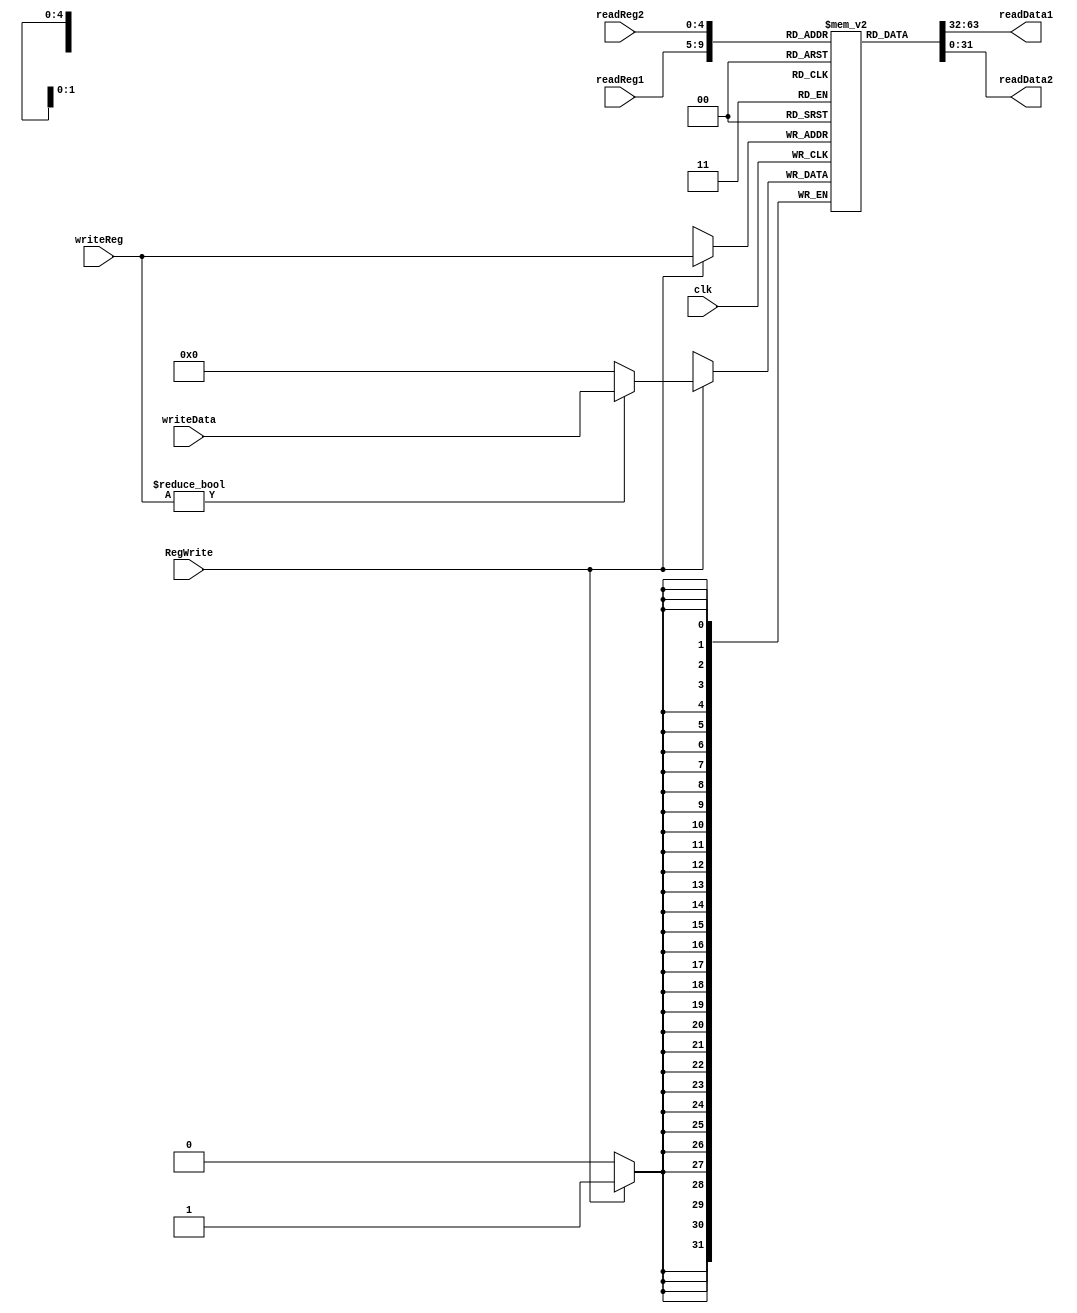
module Registers(clk, RegWrite, readReg1, readReg2, writeReg, writeData, readData1, readData2);
	parameter width = 32, AddrWidth = 5, num = 32;
	
	input clk;
	input RegWrite;
	input [AddrWidth - 1:0] readReg1;
	input [AddrWidth - 1:0] readReg2;
	input [AddrWidth - 1:0] writeReg;
	input [width - 1:0] writeData;
	output [width - 1:0] readData1;
	output [width - 1:0] readData2;
	
	reg [width - 1:0] registers[num - 1:0];
	integer i;
	
	initial
		begin
		for(i = 0;i < num;i = i + 1)
			registers[i] = 0;
		end
	
	assign readData1 = registers[readReg1];
	assign readData2 = registers[readReg2];
	
	always@(negedge clk)
		begin
		if(RegWrite)
			begin
			registers[writeReg] = (writeReg != 0) ? writeData : 0;
			$display("Registers  %x  %x", writeReg, writeData);
			end
		end
endmodule